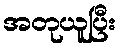
အတုယူပြီး